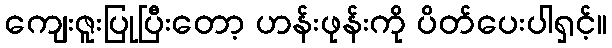
ကျေးဇူးပြုပြီးတော့ ဟန်းဖုန်းကို ပိတ်ပေးပါရှင့်။